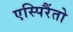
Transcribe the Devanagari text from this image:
एस्पिरैंतो